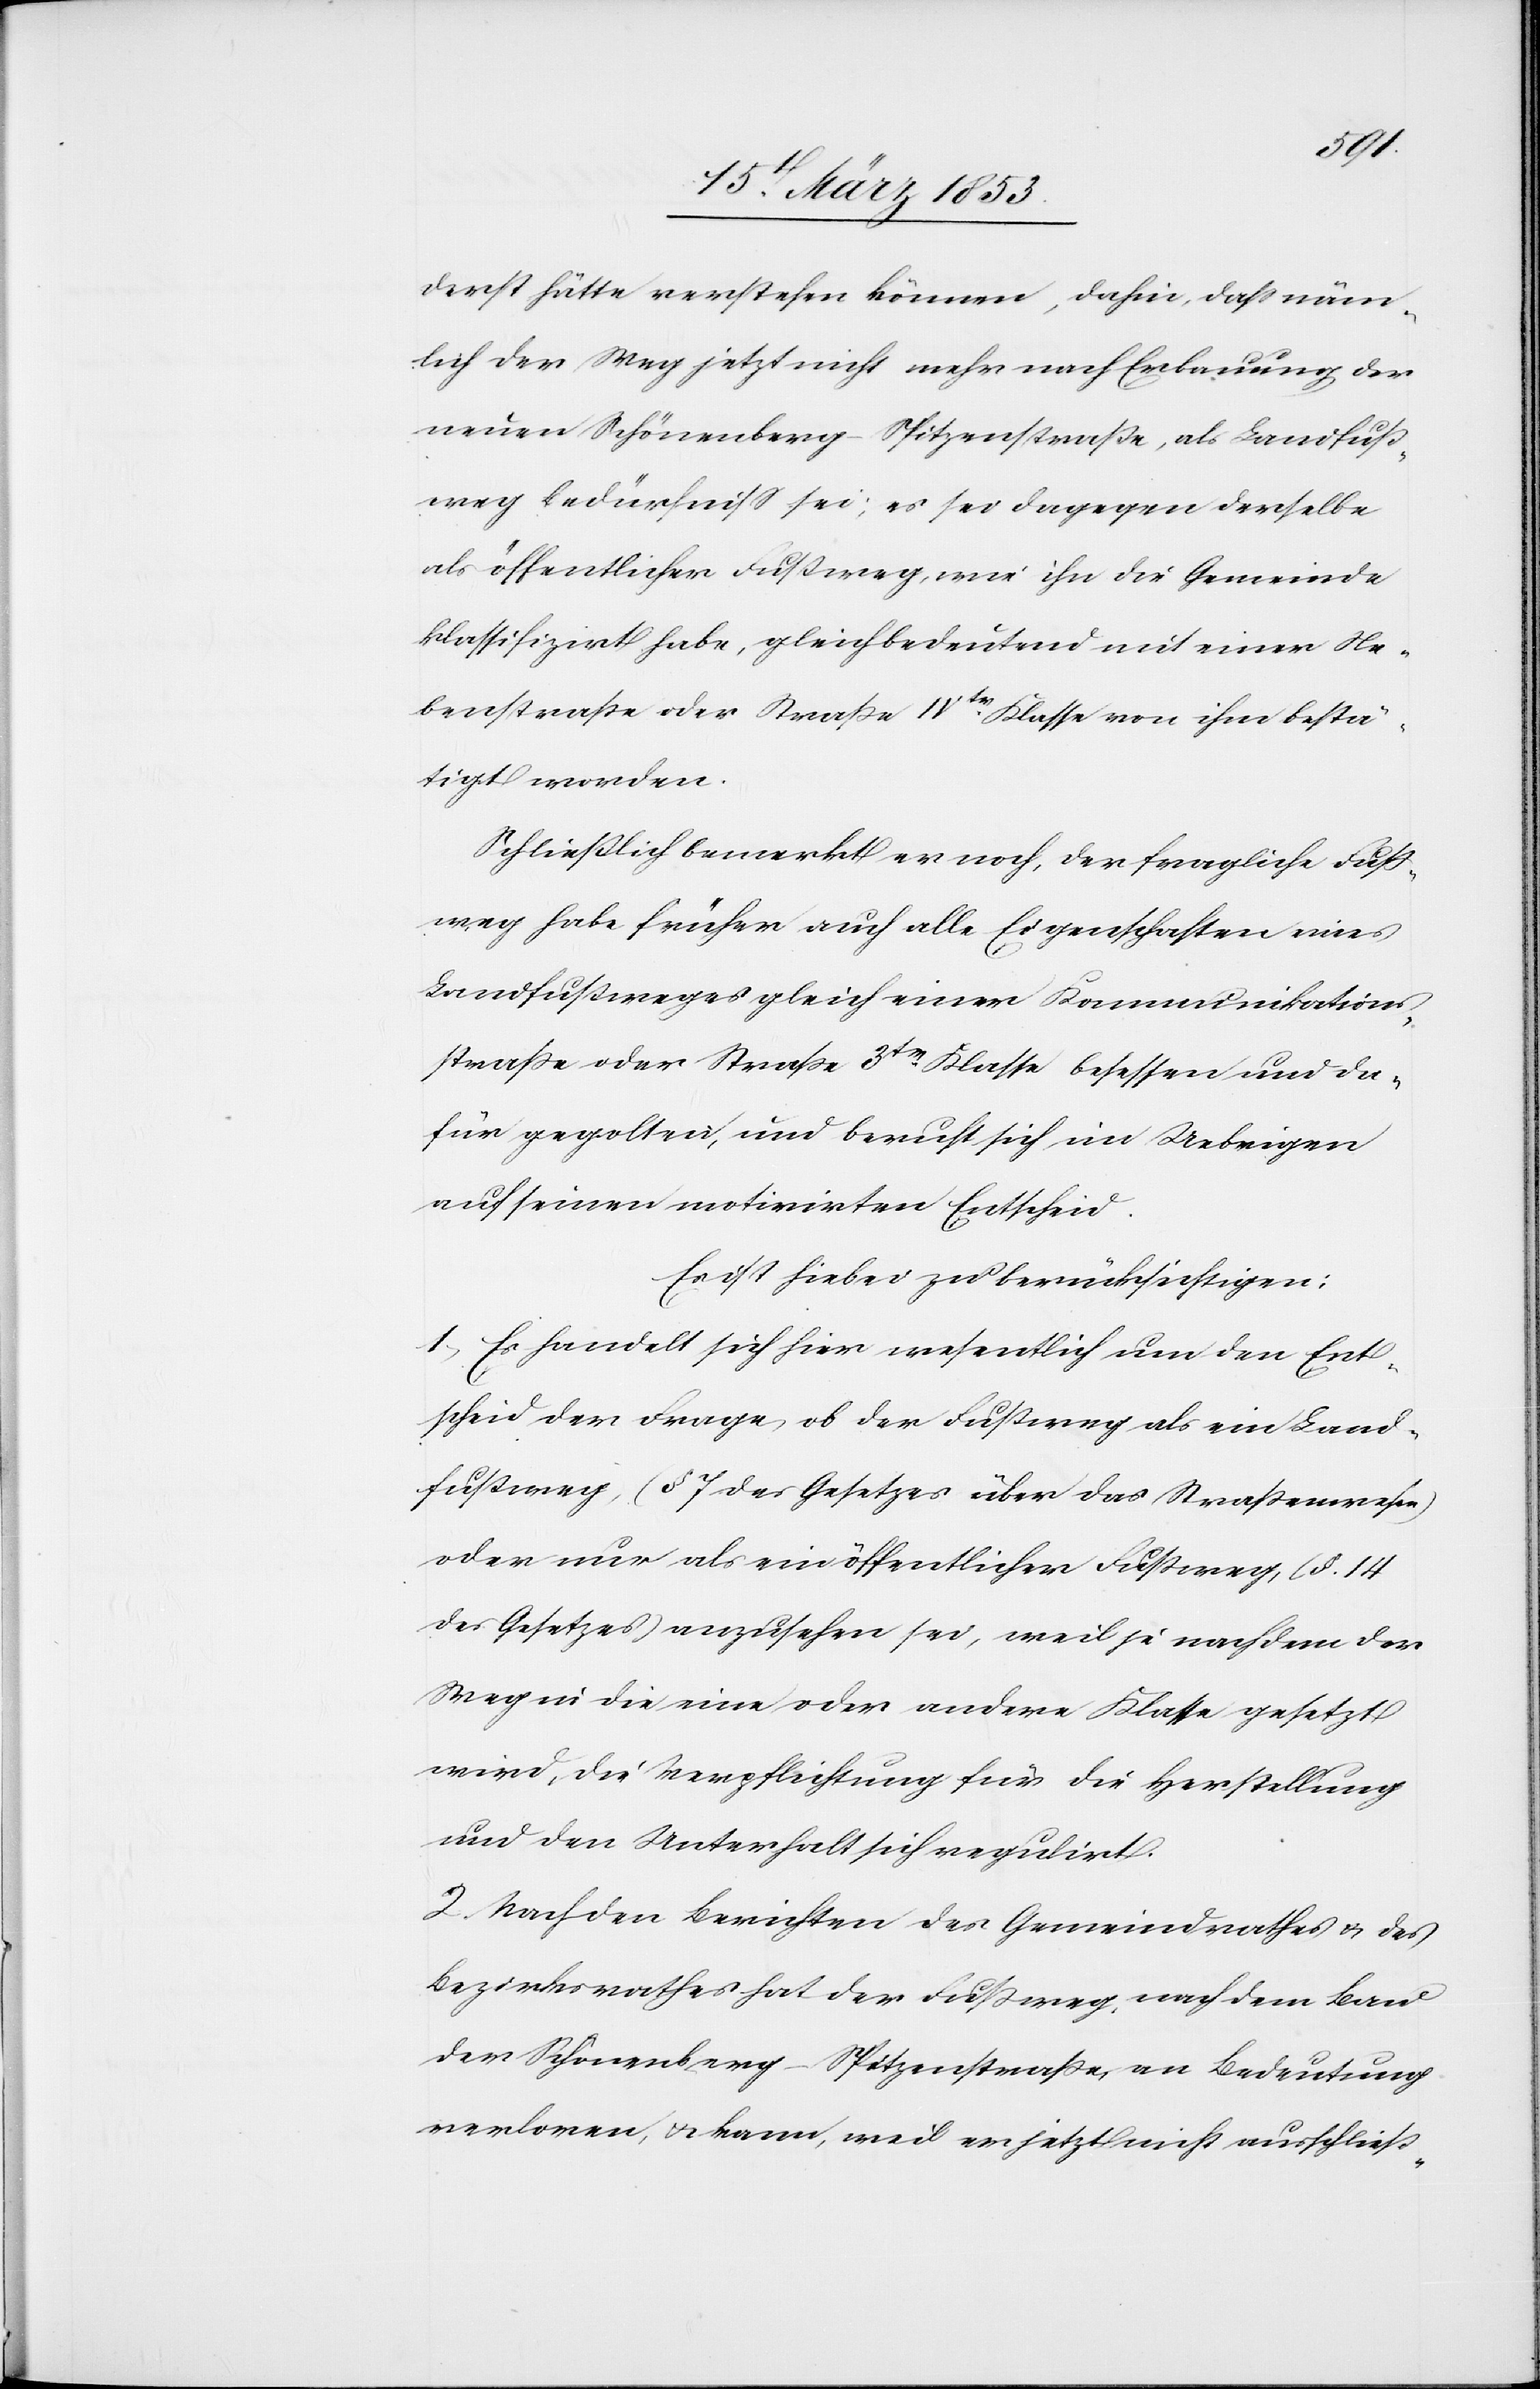
ist
derst hätte verstehen können, dahin, daß näm¬
lich der Weg jetzt nicht mehr nach Erbauung der
neuen Schönenberg-Spitzenstraße, als Landfuß¬
weg bedürfniß [sic!] sei; es sei dagegen derselbe
als öffentlicher Fußweg, wie ihn die Gemeinde
klassifizirt habe, gleichbedeutend mit einer Ne¬
benstraße oder Straße IVtr. Klasse von ihm bestä¬
tigt worden.
Schließlich bemerkt er noch, der fragliche Fuß¬
weg habe früher auch alle Eigenschaften eines
Landfußweges gleich einer Kommunikations¬
straße oder Straße 3tr. Klasse besessen und da¬
für gegolten, und beruft sich, im Uebrigen
auf einen motivirten Entscheid.
1, Es handelt sich hier wesentlich um den Ent¬
scheid der Frage, ob der Fußweg als ein Land¬
fußweg (§ 7 des Gesetzes über das Straßenwesen)
oder nur als ein öffentlicher Fußweg, (§ 14
des Gesetzes) anzusehen sei, weil je nachdem der
Weg in die eine oder andere Klasse gesetzt
wird, die Verpflichtung für die Herstellung
und den Unterhalt sich regulirt.
2. Nach den Berichten des Gemeindrathes u. des
Bezirksrathes hat der Fußweg, nach dem Bau
der Schönenberg-Spitzenstraße, an Bedeutung
verloren, u. kann, weil er jetzt nicht ausschließ-